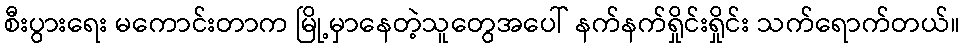
စီးပွားရေး မကောင်းတာက မြို့မှာနေတဲ့သူတွေအပေါ် နက်နက်ရှိုင်းရှိုင်း သက်ရောက်တယ်။